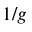
1 / g